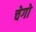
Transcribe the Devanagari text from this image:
चेगो